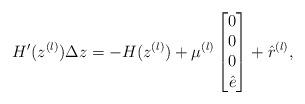
LaTeX: \begin{align*}H'(z^{(l)})\Delta z =- H(z^{(l)})+\mu^{(l)}\begin{bmatrix}0 \\ 0\\ 0 \\\hat{e} \end{bmatrix}+\hat{r}^{(l)},\end{align*}